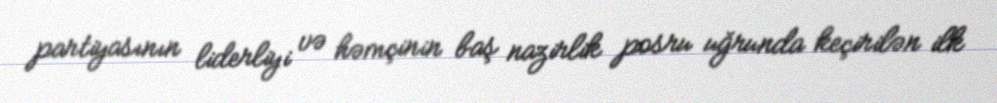
partiyasının liderliyi və həmçinin baş nazirlik posru uğrunda keçirilən ilk